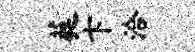
蕤卞洽